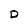
Character: D